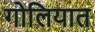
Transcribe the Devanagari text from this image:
गोलियात